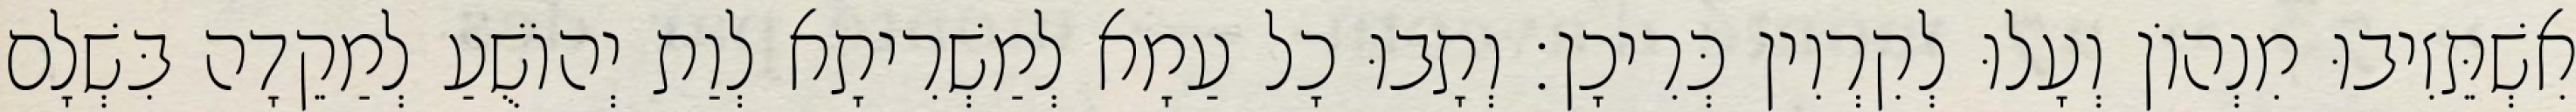
אִשְׁתֵּזִיבוּ מִנְהוֹן וְעָלוּ לְקִרְוִין כְּרִיכָן׃ וְתָבוּ כָל עַמָא לְמַשְׁרִיתָא לְוַת יְהוֹשֻׁעַ לְמַקֵדָה בִּשְׁלָם